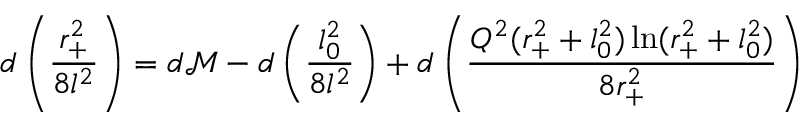
d \left( \frac { r _ { + } ^ { 2 } } { 8 l ^ { 2 } } \right) = d \mathcal { M } - d \left( \frac { l _ { 0 } ^ { 2 } } { 8 l ^ { 2 } } \right) + d \left( \frac { Q ^ { 2 } ( r _ { + } ^ { 2 } + l _ { 0 } ^ { 2 } ) \ln ( r _ { + } ^ { 2 } + l _ { 0 } ^ { 2 } ) } { 8 r _ { + } ^ { 2 } } \right)